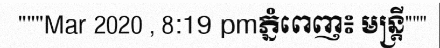
"""Mar 2020 , 8:19 pmភ្នំពេញ៖ មន្ត្រី"""